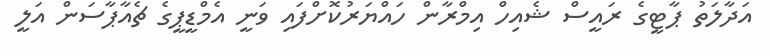
އަދާލަތު ޕާޓީގެ ރައީސް ޝެއިހް އިމްރާން ހައްޔަރުކޮށްފައި ވަނީ އެމްޑީޕީގެ ޗެއާޕާސަން އަލީ